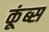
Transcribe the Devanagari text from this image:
कूंब्स